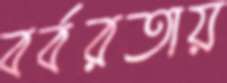
বর্বরতায়